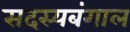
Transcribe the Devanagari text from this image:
सदस्यबंगाल